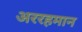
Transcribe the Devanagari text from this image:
अररहमान